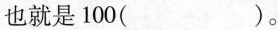
也就是100( )。